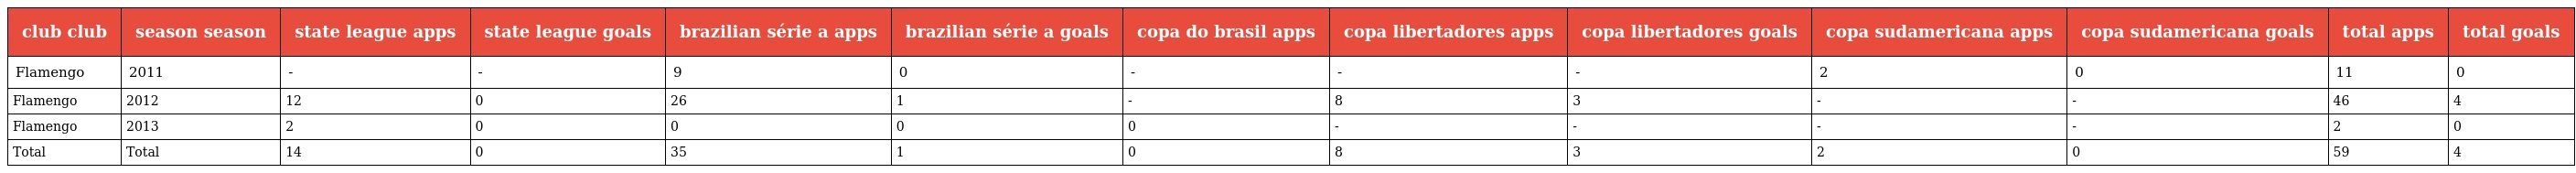
| club club | season season | state league apps | state league goals | brazilian série a apps | brazilian série a goals | copa do brasil apps | copa libertadores apps | copa libertadores goals | copa sudamericana apps | copa sudamericana goals | total apps | total goals |
 | --- | --- | --- | --- | --- | --- | --- | --- | --- | --- | --- | --- | --- |
 | Flamengo | 2011 | - | - | 9 | 0 | - | - | - | 2 | 0 | 11 | 0 |
 | Flamengo | 2012 | 12 | 0 | 26 | 1 | - | 8 | 3 | - | - | 46 | 4 |
 | Flamengo | 2013 | 2 | 0 | 0 | 0 | 0 | - | - | - | - | 2 | 0 |
 | Total | Total | 14 | 0 | 35 | 1 | 0 | 8 | 3 | 2 | 0 | 59 | 4 |